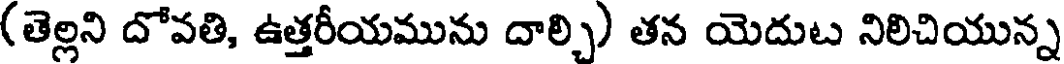
(తెల్లని దోవతి, ఉత్తరీయమును దాల్చి) తన యెదుట నిలిచియున్న